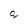
Character: c